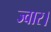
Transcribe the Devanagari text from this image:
ज्वार।